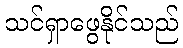
သင်ရှာဖွေနိုင်သည်